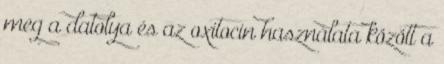
meg a datolya és az oxitocin használata között a